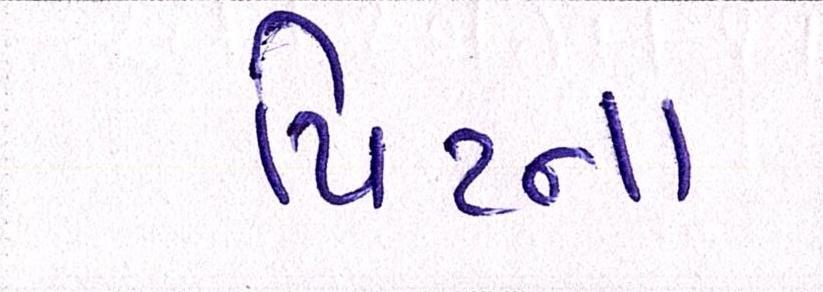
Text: પિટના